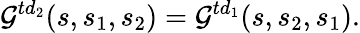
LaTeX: {\cal G}^{td_{2}}(s,s_{1},s_{2})={\cal G}^{td_{1}}(s,s_{2},s_{1}).